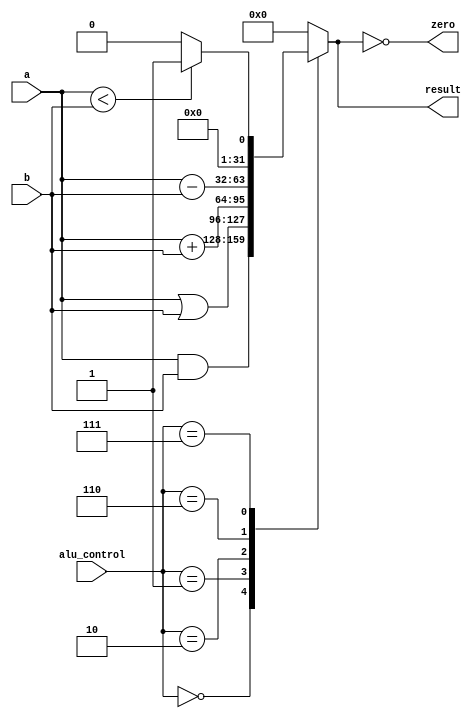
module alu(
    input [31:0] a,
    input [31:0] b,
    input [2:0] alu_control,
    output reg [31:0] result,
    output zero
);
    always @(*) begin
        case (alu_control)
            3'b000: result = a & b;            // AND
            3'b001: result = a | b;            // OR
            3'b010: result = a + b;            // ADD
            3'b110: result = a - b;            // SUBTRACT
            3'b111: result = (a < b) ? 32'b1 : 32'b0; // SLT
            default: result = 32'b0;           // Default case
        endcase
    end 

    assign zero = (result == 0); // Check if result is zero
endmodule